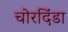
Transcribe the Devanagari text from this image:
चोरदिंडा